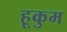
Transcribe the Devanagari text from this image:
हूकुम